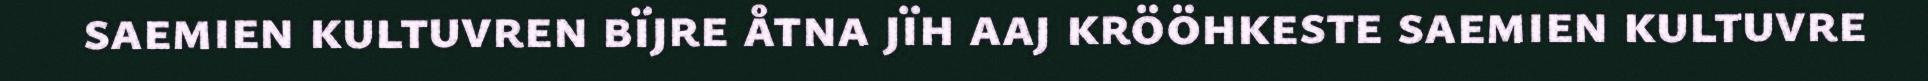
saemien kultuvren bïjre åtna jïh aaj krööhkeste saemien kultuvre